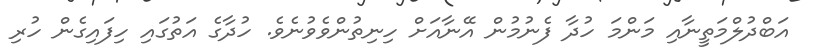
އަބްދުލްމަތީނާއި މަންމަ ހުދާ ފެނުމުން އޭނާއަށް ހިނިތުންވެވުނެވެ. ހުދާގެ އަތުގައި ހިފައިގެން ހުރި